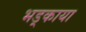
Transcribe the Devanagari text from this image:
भड़्काया